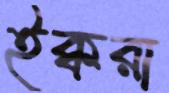
ইক্বরা